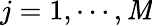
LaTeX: j=1,\cdots,\mathit{M}